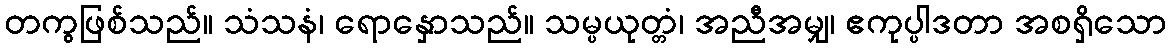
တကွဖြစ်သည်။ သံသနံ၊ ရောနှောသည်။ သမ္ပယုတ္တံ၊ အညီအမျှ၊ ဧကုပ္ပါဒတာ အစရှိသော